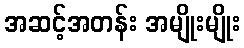
အဆင့်အတန်း အမျိုးမျိုး